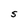
Character: S